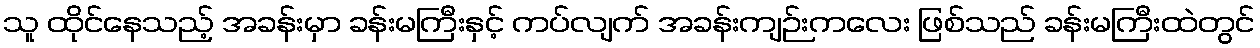
သူ ထိုင်နေသည့် အခန်းမှာ ခန်းမကြီးနှင့် ကပ်လျက် အခန်းကျဉ်းကလေး ဖြစ်သည် ခန်းမကြီးထဲတွင်